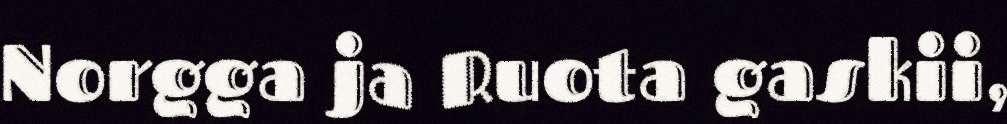
Norgga ja Ruota gaskii,